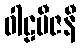
ဝါဠဗီဇနီ